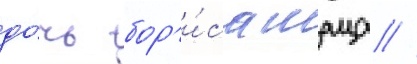
до́чь бор'и́са шаца //